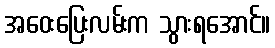
အဝေးပြေးလမ်းက သွားရအောင်။